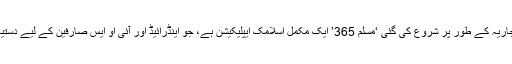
صدقہ جاریہ کے طور پر شروع کی گئی ‘مسلم 365’ ایک مکمل اسلامک ایپلیکیشن ہے، جو اینڈرائیڈ اور آئی او ایس صارفین کے لیے دستیاب ہے۔